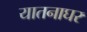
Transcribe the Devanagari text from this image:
यातनाघर